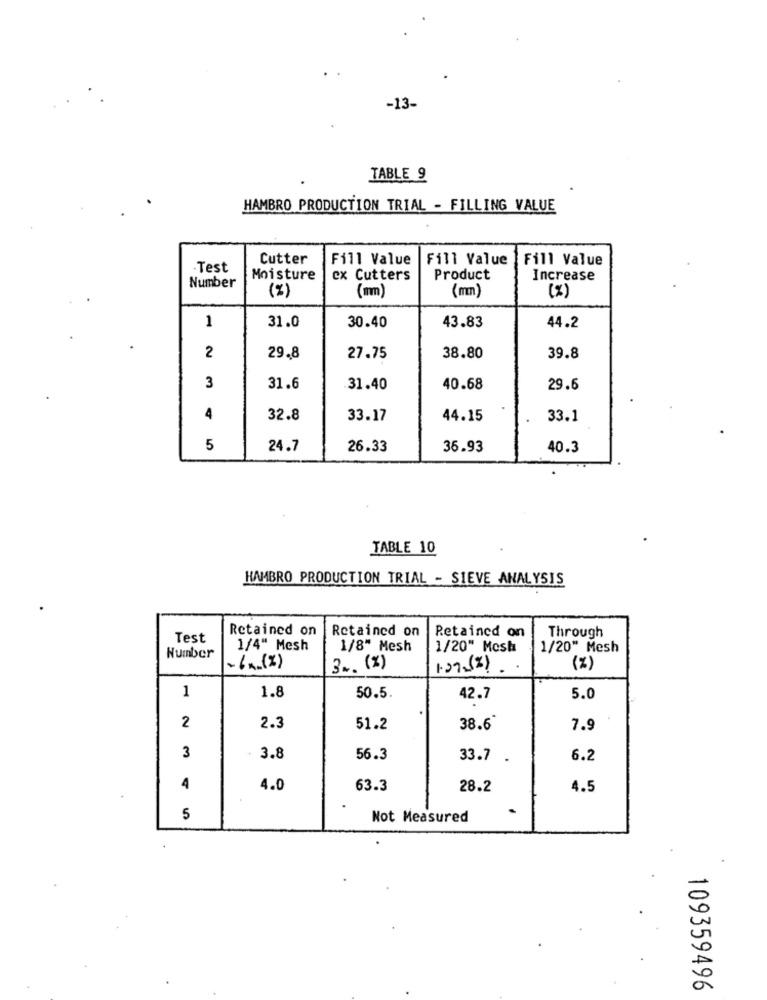
-13-
TABLE 9
HAMBRO PRODUCTION TRIAL - FILLING VALUE
Cutter
Fill Value
Fill Value
Fill Value
.Test
Moisture
ex Cutters
Product
Increase
Number
(mm)
(% )
(%)
(m)
1
43.83
31.0
30.40
44.2
2
29,8
27.75
38.80
39.8
3
31.6
.31.40
40.68
29.6
4
32.8
33.17
44.15
33.1
5
24.7
26.33
36.93
40.3
TABLE 10
HAMBRO PRODUCTION TRIAL - SIEVE ANALYSIS
Retained on
Retained on
Retained on
Through
Test
1/4" Mesh
1/8" Mesh
1/20" Mesh
1/20" Mesh
Number
- 6 . (%)
3 .. (%)
1.09-(2) .
(%)
1
1.8
50.5
42.7
5.0
2
2.3
51.2
38.6
7.9
3
3.8
56.3
33.7 .
6.2
4
4.0
63.3
28.2
4.5
5
Not Measured
109359496